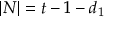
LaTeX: | N | = t - 1 - d _ { 1 }